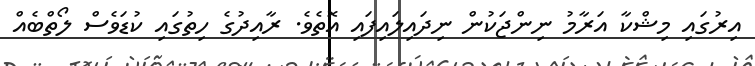
އިރުގައި މިޝްކާ އަރާމު ނިންޖަކުން ނިދައިލައިފައި އޮތެވެ. ރާއިދުގެ ހިތުގައި ކުޑަވެސް ލޯތްބެއް